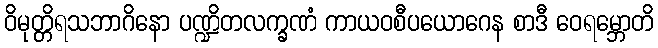
ဝိမုတ္တိရသဘာဂိနော ပဏ္ဍိတလက္ခဏံ ကာယဝစီပယောဂေန စာဒီ ဝေရမ္ဘောတိ